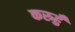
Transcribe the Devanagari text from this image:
करुहुँ